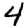
Digit: 4